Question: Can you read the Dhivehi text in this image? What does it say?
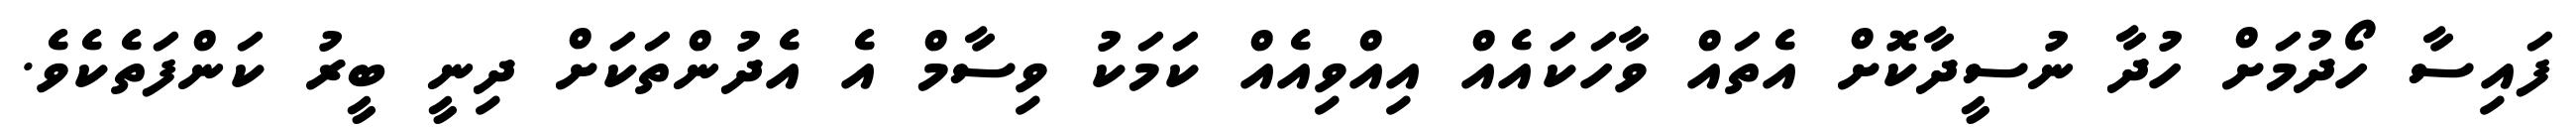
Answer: ފައިސާ ހޯދުމަށް ހުދާ ނުސީދާކޮށް އެތައް ވާހަކައެއް އިއްވިއެއް ކަމަކު ވިސާމް އެ އެދުންތަކަށް ދިނީ ބީރު ކަންފަތެކެވެ.